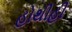
હોથીહી